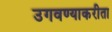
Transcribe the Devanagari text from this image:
उगवण्याकरीता